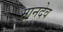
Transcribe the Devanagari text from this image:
मानदेव